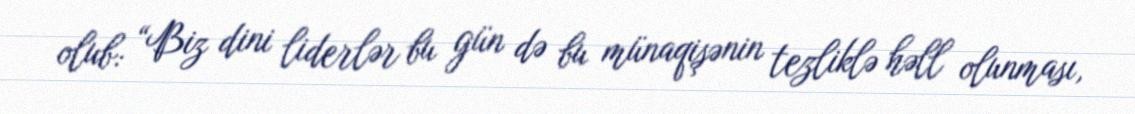
olub: “Biz dini liderlər bu gün də bu münaqişənin tezliklə həll olunması,